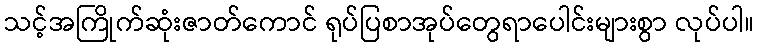
သင့်အကြိုက်ဆုံးဇာတ်ကောင် ရုပ်ပြစာအုပ်တွေရာပေါင်းများစွာ လုပ်ပါ။